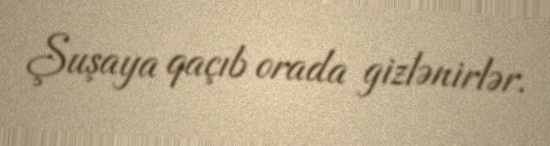
Şuşaya qaçıb orada gizlənirlər.